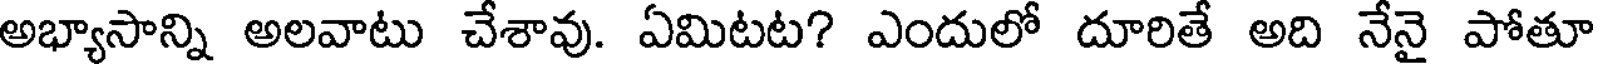
అభ్యాసాన్ని అలవాటు చేశావు. ఏమిటట? ఎందులో దూరితే అది నేనై పోతూ